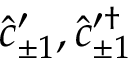
\hat { c } _ { \pm 1 } ^ { \prime } , \hat { c } _ { \pm 1 } ^ { \prime \dagger }